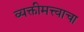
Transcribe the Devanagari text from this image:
व्यक्तीमत्त्वाचा